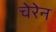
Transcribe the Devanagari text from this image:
चेरेन